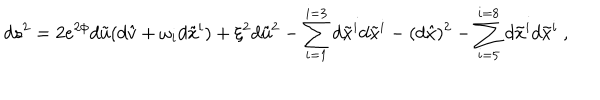
LaTeX: d s ^ { 2 } = 2 e ^ { 2 \phi } d \tilde { u } ( d \hat { v } + \omega _ { i } d \tilde { x } ^ { i } ) + \xi ^ { 2 } d \tilde { u } ^ { 2 } - \sum _ { i = 1 } ^ { i = 3 } d \tilde { x } ^ { i } d \tilde { x } ^ { i } - ( d \hat { x } ) ^ { 2 } - \sum _ { i = 5 } ^ { i = 8 } d \tilde { x } ^ { i } d \tilde { x } ^ { i } \ ,